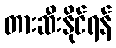
တားဆီးနိုင်ရန်